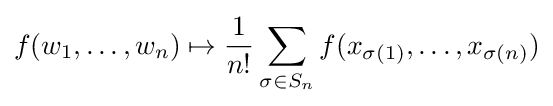
f(w_{1},\dots ,w_{n})\mapsto {\frac {1}{n!}}\sum _{\sigma \in S_{n}}f(x_{\sigma (1)},\dots ,x_{\sigma (n)})